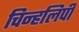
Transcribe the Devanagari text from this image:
चिन्हलिपी